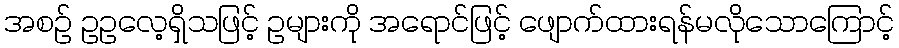
အစဉ် ဥဥလေ့ရှိသဖြင့် ဥများကို အရောင်ဖြင့် ဖျောက်ထားရန်မလိုသောကြောင့်